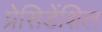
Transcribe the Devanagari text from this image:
प्रेसिडेंशिल